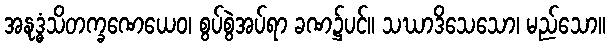
အနုဒ္ဓံသိတက္ခဏေယေဝ၊ စွပ်စွဲအပ်ရာ ခဏ၌ပင်။ သဃာဒိသေသော၊ မည်သော။